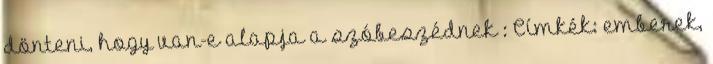
dönteni, hogy van-e alapja a szóbeszédnek : Címkék: emberek,